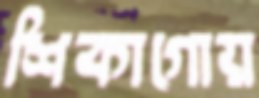
শিকাগোয়